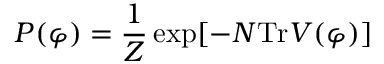
P ( \varphi ) = { \frac { 1 } { Z } } \exp [ - N \mathrm { T r } V ( \varphi ) ]